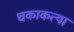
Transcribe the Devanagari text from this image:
चकाकत्या